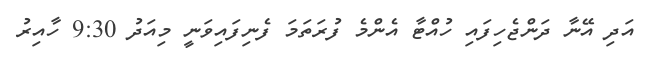
އަދި އޭނާ ދަންޖެހިފައި ހުއްޓާ އެންމެ ފުރަތަމަ ފެނިފައިވަނީ މިއަދު 9:30 ހާއިރު